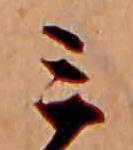
ミ